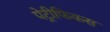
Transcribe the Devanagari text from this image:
पेट्रीफिकस